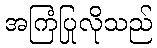
အကြံပြုလိုသည်